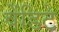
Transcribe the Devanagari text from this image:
वेंडिटे